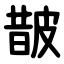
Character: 皵